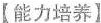
【能力培养】